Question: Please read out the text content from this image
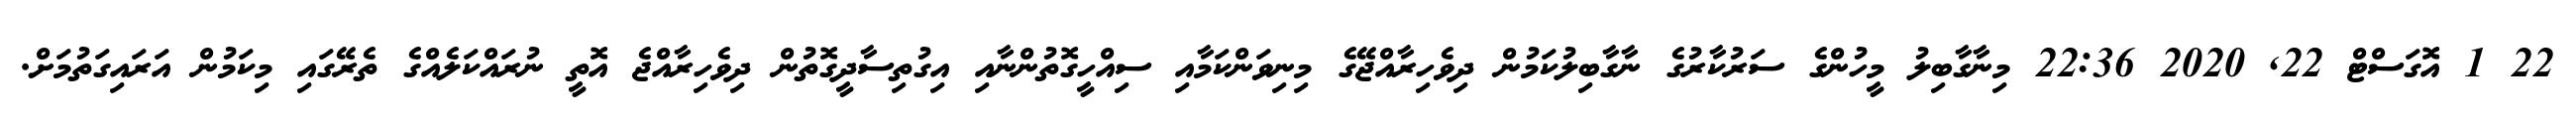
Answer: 22 1 އޮގަސްޓް 22, 2020 22:36 މިނާގާބިލު މީހުންގެ ސަރުކާރުގެ ނާގާބިލުކަމުން ދިވެހިރާއްޖޭގެ މިނިވަންކަމާއި ސިއްހީގޮތުންނާއި އިގުތިސާދީގޮތުން ދިވެހިރާއްޖެ އޮތީ ނުރައްކަލެއްގެ ތެރޭގައި މިކަމުން އަރައިގަތުމަށް.